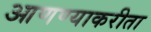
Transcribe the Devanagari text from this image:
आणण्याकरीता